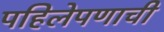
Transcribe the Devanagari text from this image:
पहिलेपणाची